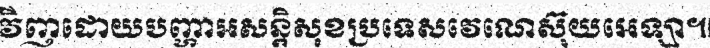
វីញដោយបញ្ហាអសន្តិសុខប្រទេសវេណេស៊ុយអេឡា៕